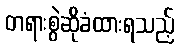
တရားစွဲဆိုခံထားရသည့်